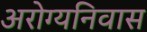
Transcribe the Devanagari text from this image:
अरोग्यनिवास